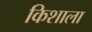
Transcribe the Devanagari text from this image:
किशाला